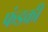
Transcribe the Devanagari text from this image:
फंडकी